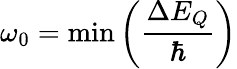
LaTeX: \omega_{0}={\textrm{min}}\left({\frac{\Delta E_{Q}}{\hbar}}\right)